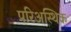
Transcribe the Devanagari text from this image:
परिअस्थिक